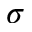
\sigma